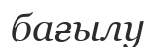
бағылу